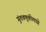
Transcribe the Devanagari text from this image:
गुंतवणूकीमध्ये